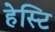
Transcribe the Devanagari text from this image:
हेस्टि